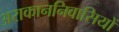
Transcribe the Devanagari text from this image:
अराकाननिवासियों